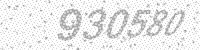
Solution: 930580